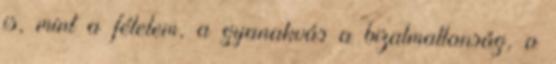
is, mint a félelem, a gyanakvás a bizalmatlanság, a